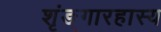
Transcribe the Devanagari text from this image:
शृंङ्गारहास्य